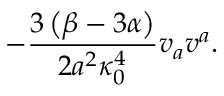
- \frac { 3 \left( \beta - 3 \alpha \right) } { 2 a ^ { 2 } \kappa _ { 0 } ^ { 4 } } v _ { a } v ^ { a } .